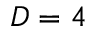
D = 4